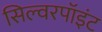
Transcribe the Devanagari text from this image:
सिल्वरपॉइंट